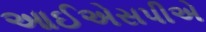
આઈએસપીએ